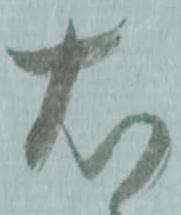
右